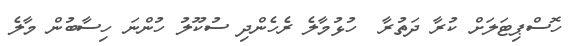
ހޮސްޕިޓަލަށް ކުރާ ދަތުރާ  ހުޅުމާލެ ރެހެންދި ސުކޫލު ހުންނަ ހިސާބުން މާލެ